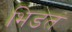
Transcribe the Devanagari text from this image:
भिडतं